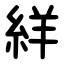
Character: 絴